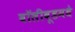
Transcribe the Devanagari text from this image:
बॉलीवूडमधे